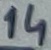
Text: 14